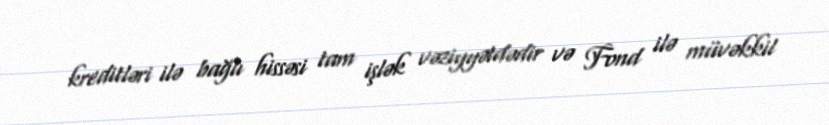
kreditləri ilə bağlı hissəsi tam işlək vəziyyətdədir və Fond ilə müvəkkil